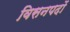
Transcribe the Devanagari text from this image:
विसनपदों